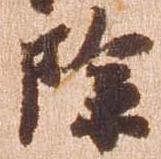
除